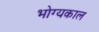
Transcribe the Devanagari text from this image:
भोग्यकाल